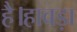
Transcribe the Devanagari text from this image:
है।हावड़ा